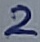
Text: 2